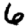
Digit: 6